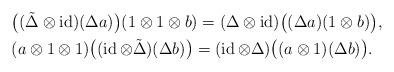
LaTeX: \begin{align*}&\bigl((\tilde{\Delta}\otimes\operatorname{id})(\Delta a)\bigr)(1\otimes1\otimes b)=(\Delta\otimes\operatorname{id})\bigl((\Delta a)(1\otimes b)\bigr), \\&(a\otimes1\otimes1)\bigl((\operatorname{id}\otimes\tilde{\Delta})(\Delta b)\bigr)=(\operatorname{id}\otimes\Delta)\bigl((a\otimes1)(\Delta b)\bigr).\end{align*}